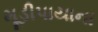
મૂડીપાયાના